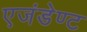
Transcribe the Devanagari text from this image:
एजंडेण्ट